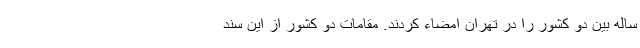
ساله بین دو کشور را در تهران امضاء کردند. مقامات دو کشور از این سند